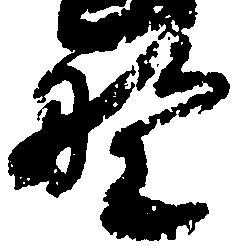
野